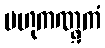
ဗဟုကဏ္ဋကံ